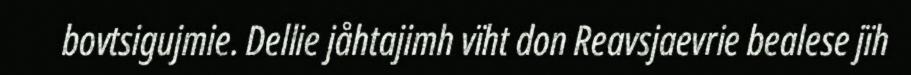
bovtsigujmie. Dellie jåhtajimh vïht don Reavsjaevrie bealese jïh